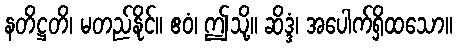
နတိဋ္ဌတိ၊ မတည်နိုင်။ ဧဝံ၊ ဤသို့။ ဆိဒ္ဒံ၊ အပေါက်ရှိထသော။